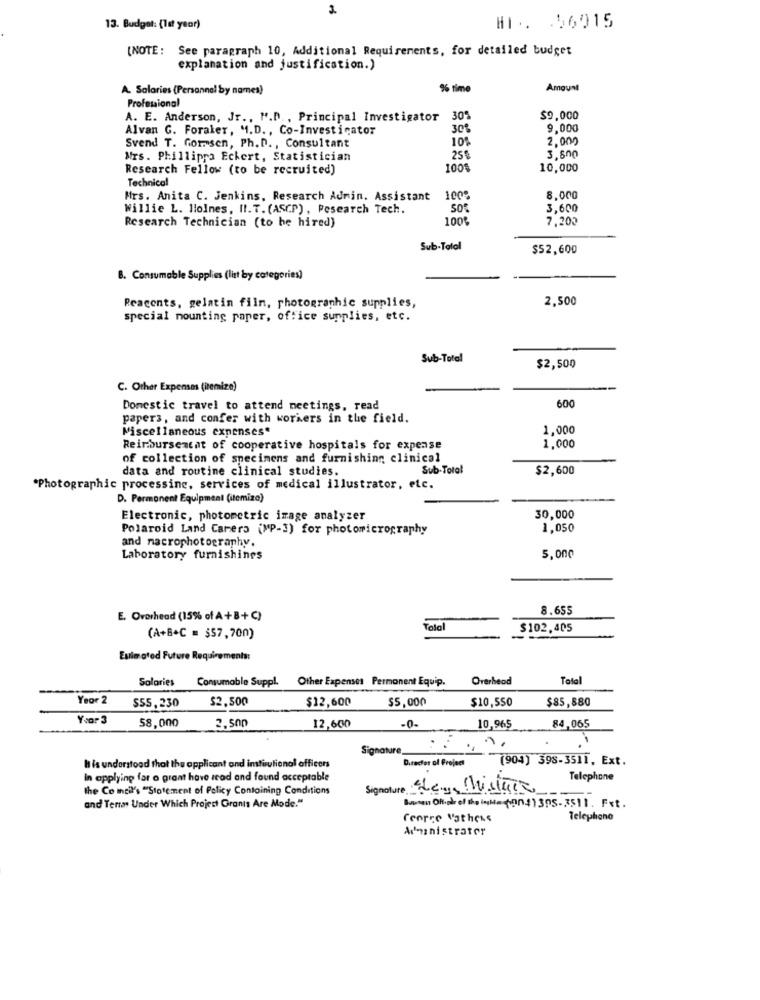
13. Budget: (1st year)
HI . . 56915
[NOTE: See paragraph 10, Additional Requirements, for detailed budget
explanation and justification.)
A. Salaries (Personnel by names)
% time
Amount
Professional
A. E. Anderson, Jr ., M.D ., Principal Investigator
305
$9,000
Alvan G. Foraler, M.D ., Co-Investicator
30%
9,000
10%
2,000
Svend T. Gormsen, Ph.D. , Consultant
Mrs. Phillippa Eckert, Statistician
25%
3,800
Research Fellow (to be recruited)
1001
10,000
Technical
Mrs. Anita C. Jenkins, Research Admin. Assistant
1009
8,000
Willie L. Holmes, Il.T. (ASCP) , Pesearch Tech.
3,600
100%
7,200
Research Technician (to be hired)
Sub-Total
$52,600
8. Consumable Supplies (list by categories)
Reacents, gelatin film, photographic supplies,
2,500
special mounting paper, office supplies, etc.
Sub-Total
$2,500
C. Other Expenses (itemize)
600
Domestic travel to attend meetings, read
papers, and confer with workers in the field.
Miscellaneous expenses.
1,000
Reimburseatat of cooperative hospitals for expense
1,000
of collection of specimens and furnishing clinical
data and routine clinical studies.
Sub-Total
$2,600
"Photographic processing, services of medical illustrator, etc.
D. Permonent Equipment (itemiza)
Electronic, photometric image analyzer
30,000
Polaroid Land Camera (MP-3) for photomicrography
1,050
and nacrophotography.
Laboratory furnishings
5.000
8.655
E. Overhead (15% of A +B+ C)
Tolal
$102,405
(A+B+C = $57,700)
Estimated Future Requirements:
Salaries Consumable Suppl. Other Expenses Permanent Equip.
Overhead
Total
$2,500
$12,600
$5,000
$10,550
$85,880
Year 2 $55, 230
Yvar 3
58,000
2,500
12,600
-0-
10,965
84,065
Signature_
(904) 398-3511, Ext.
h is understood that the applicant ond instiutional officers
Director of Project
In applying for o grant have read and found acceptable
Telephone
the Co icil's "Statement of Policy Containing Conditions
Signature Elena thisture
and Terras Under Which Project Grants Are Mode."
Bu-su Oft del the ink= (004)305-3511. Fxt.
George Vathess
Telephone
Administrator